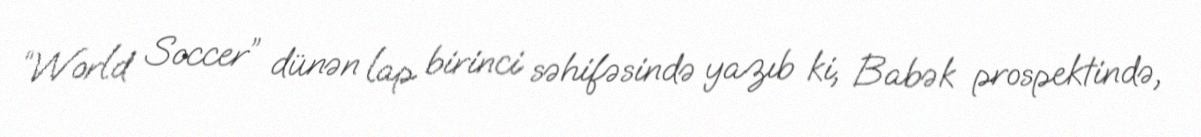
“World Soccer” dünən lap birinci səhifəsində yazıb ki, Babək prospektində,